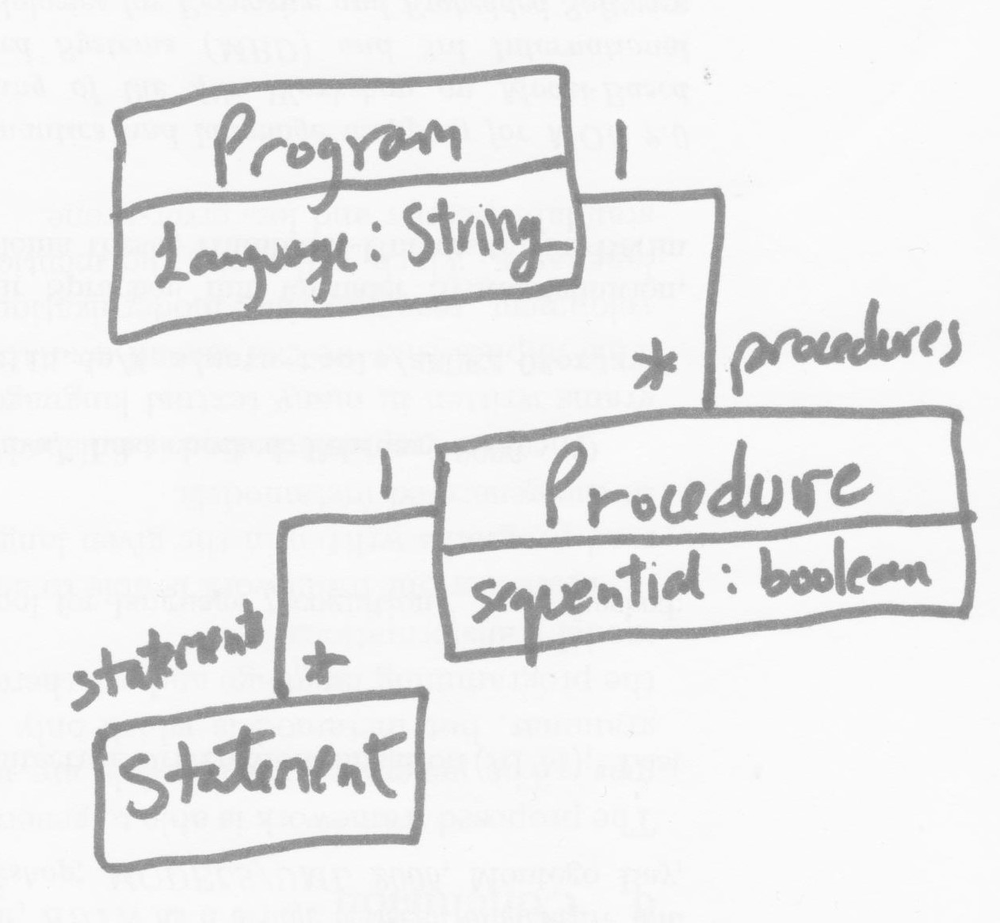
Diagram type: class_diagram
```plantuml
@startuml

class Program {
  language: String
}

class Procedure {
  sequential: boolean
}

class Statement

Procedure "procedures *" -- "1" Program
Procedure "1" -- "statements *" Statement

@enduml
```